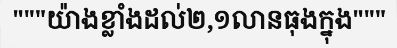
"""យ៉ាងខ្លាំងដល់២,១លានធុងក្នុង"""